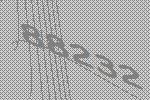
88232